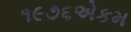
૧૯૭૬એકમ